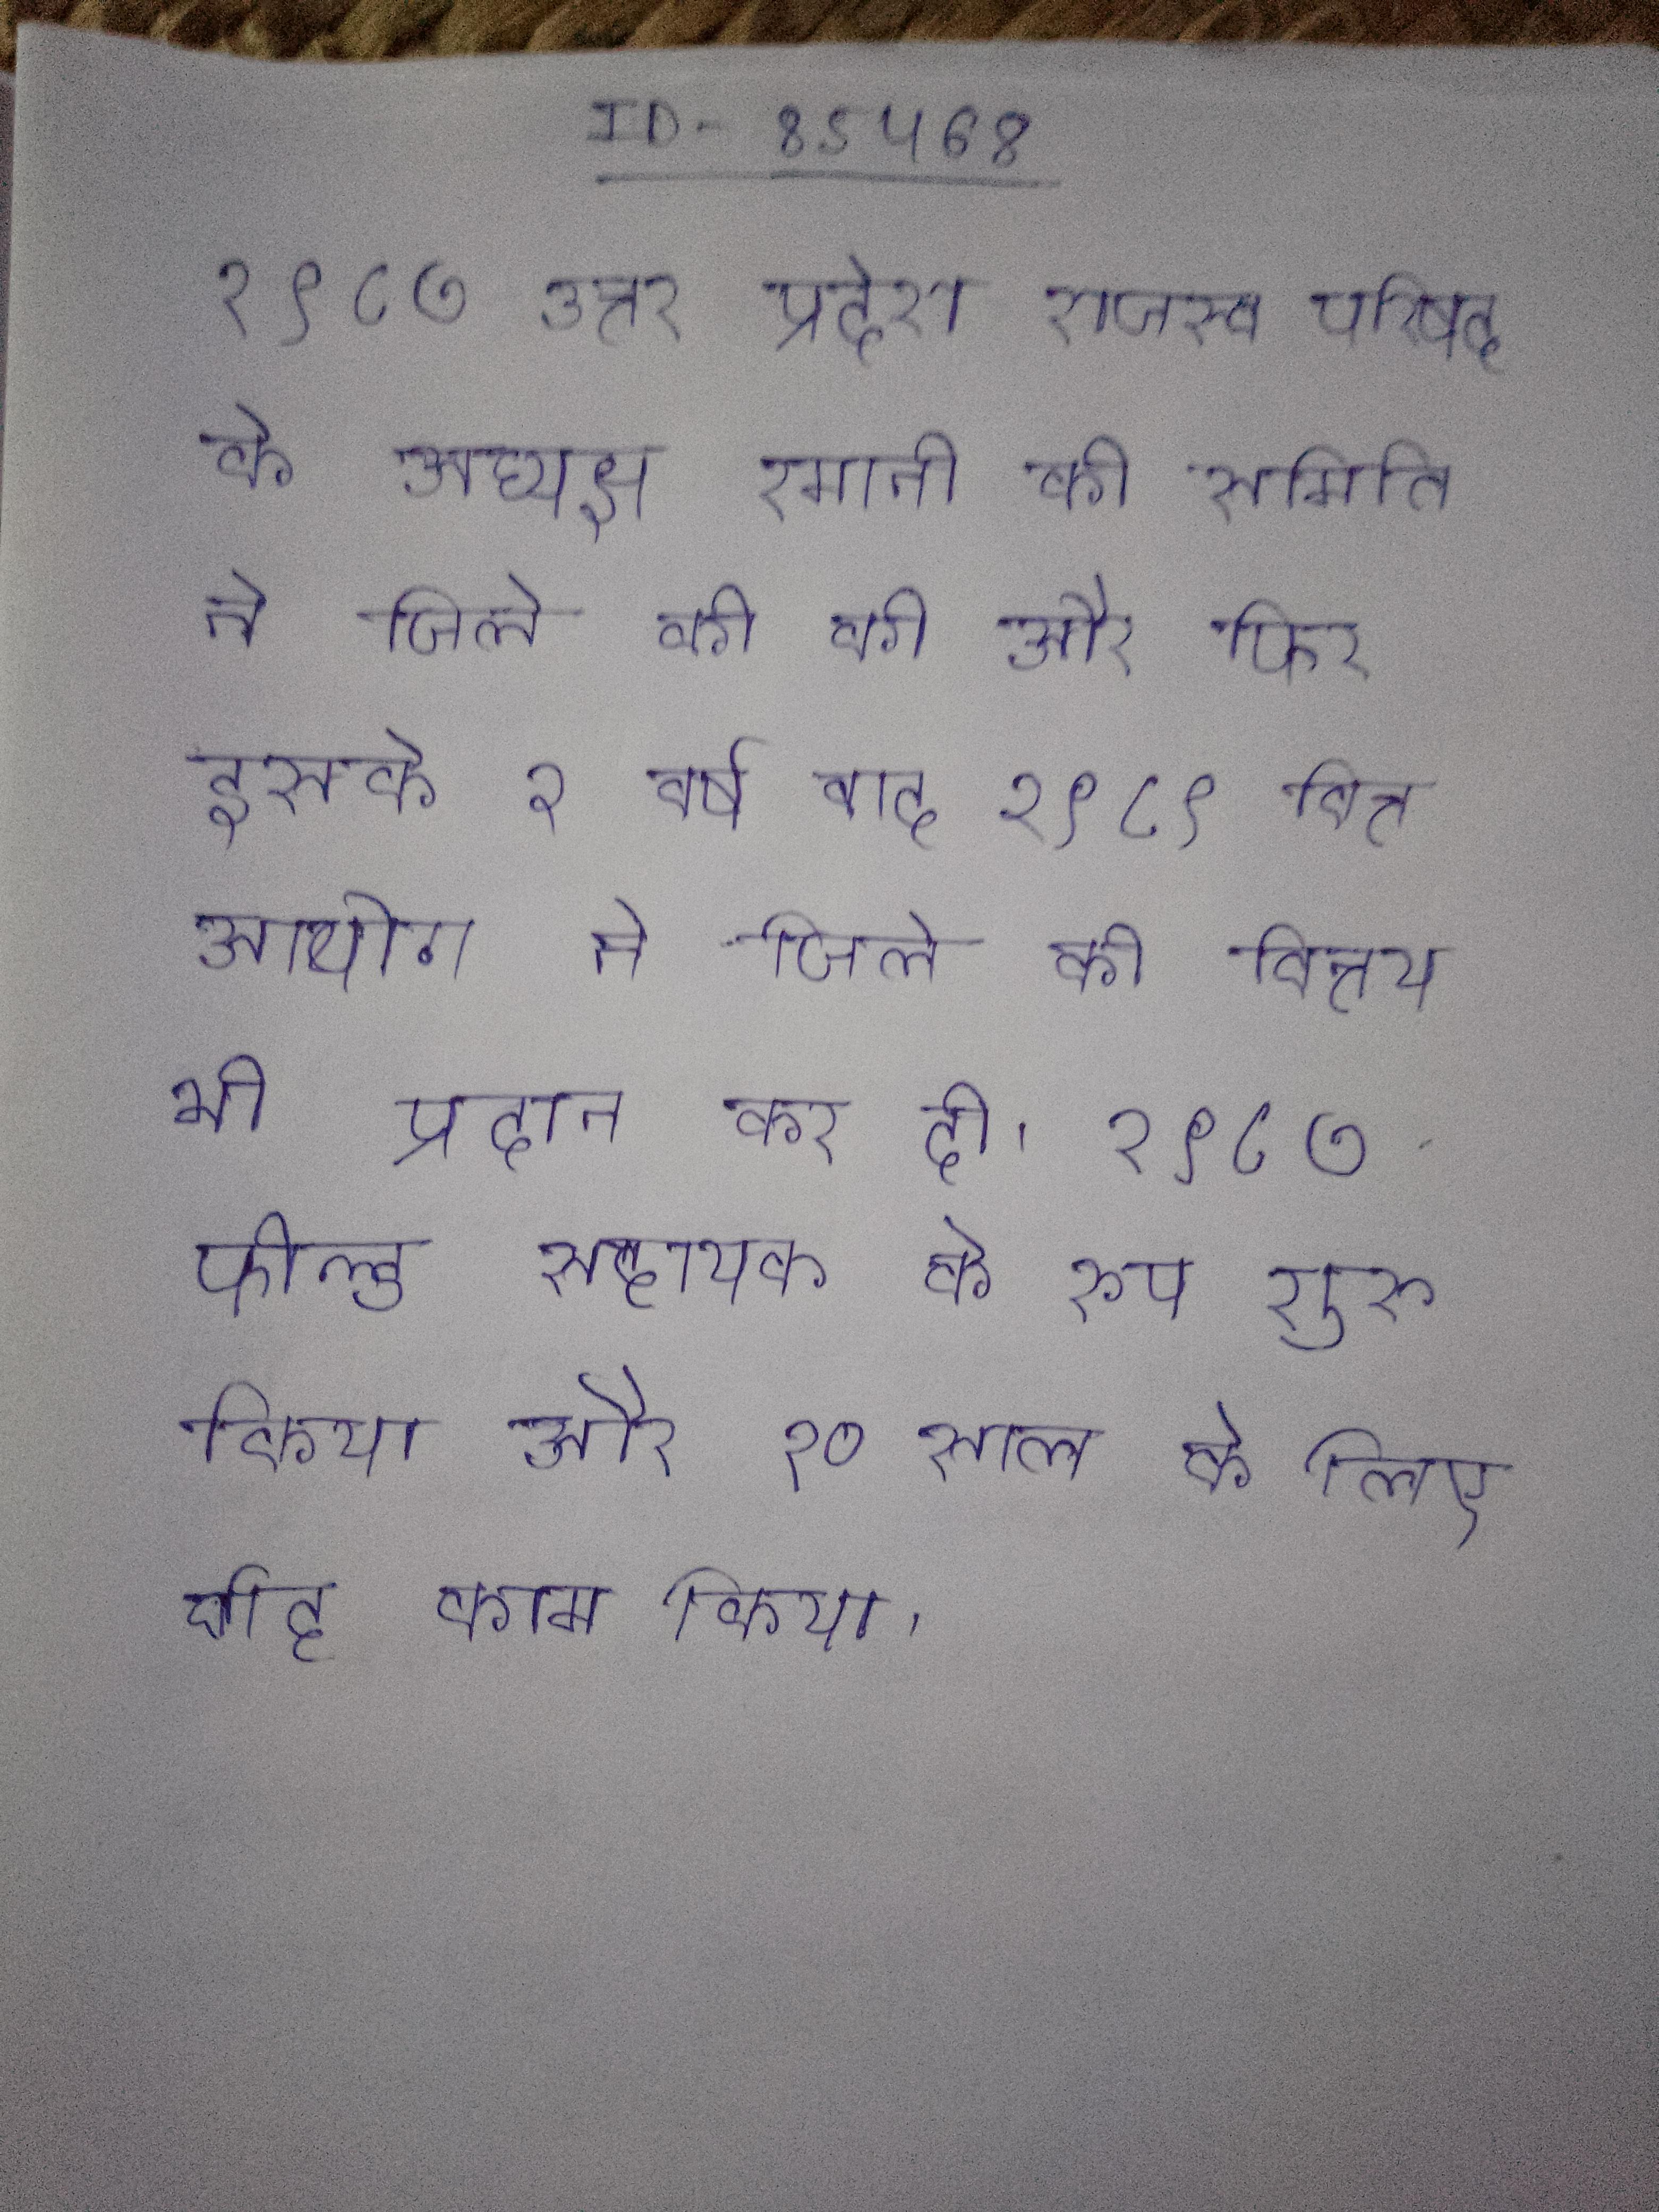
१९८७ उत्तर प्रदेश राजस्व परिषद के अध्यक्ष रमानी की समिति ने जिले की की और फिर इसके २ वर्ष बाद १९८९ वित्त आयोग ने जिले को वित्तीय भी प्रदान कर दी । १९८७ फील्ड सहायक के रूप शुरू किया और १० साल के लिए वाह काम किया ।